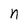
Character: n